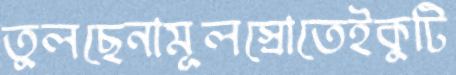
তুলছেনামূলস্রোতেইকুটি